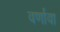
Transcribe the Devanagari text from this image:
वर्णावा